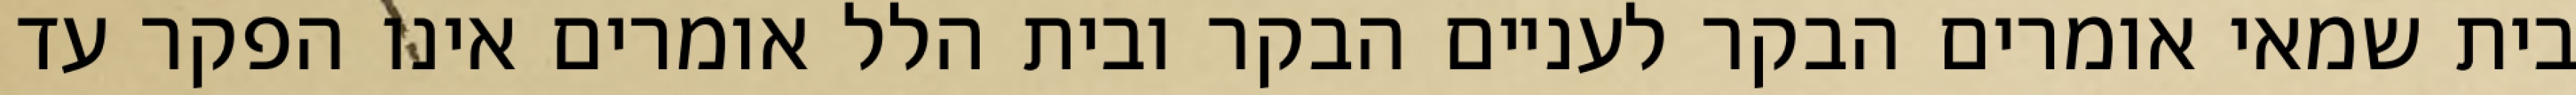
בית שמאי אומרים הבקר לעניים הבקר ובית הלל אומרים אינו הפקר עד